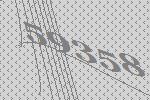
59358